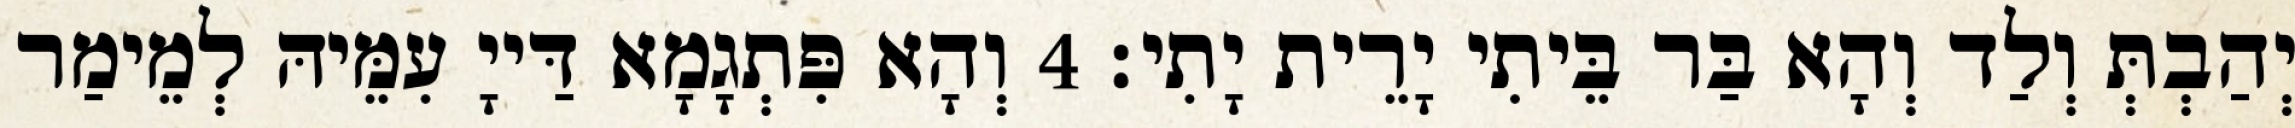
יְהַבְתְּ וְלַד וְהָא בַּר בֵּיתִי יָרֵית יָתִי׃ 4 וְהָא פִּתְגָמָא דַּייָ עִמֵּיהּ לְמֵימַר